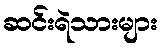
ဆင်းရဲသားများ